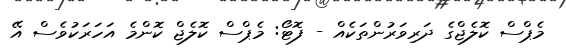
މެޕްސް ކޮލެޖްގެ ދަރިވަރުންތަކެއް - ފޮޓޯ: މެޕްސް ކޮލެޖް ކޮންމެ އަހަރަކުވެސް އޭ